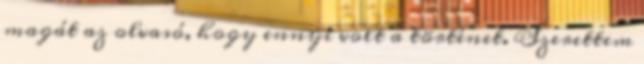
magát az olvasó, hogy ennyi volt a történet. Szerettem